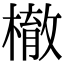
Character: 㯙